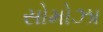
સોમોઝા